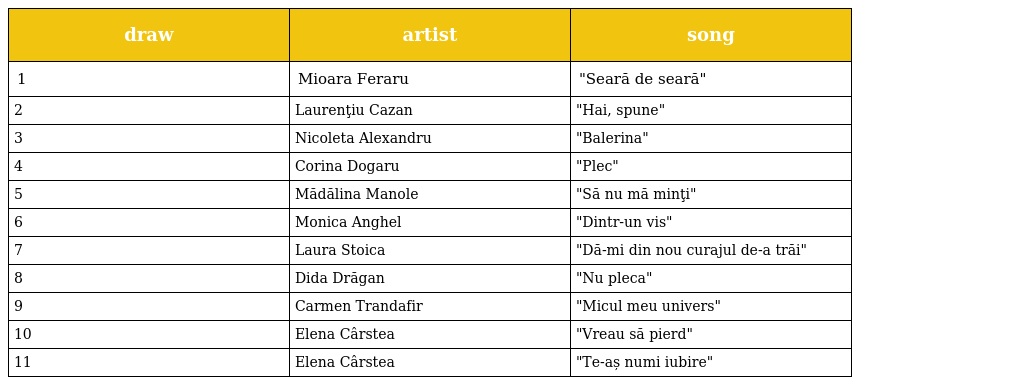
| draw | artist | song |
 | --- | --- | --- |
 | 1 | Mioara Feraru | "Seară de seară" |
 | 2 | Laurenţiu Cazan | "Hai, spune" |
 | 3 | Nicoleta Alexandru | "Balerina" |
 | 4 | Corina Dogaru | "Plec" |
 | 5 | Mădălina Manole | "Să nu mă minţi" |
 | 6 | Monica Anghel | "Dintr-un vis" |
 | 7 | Laura Stoica | "Dă-mi din nou curajul de-a trăi" |
 | 8 | Dida Drăgan | "Nu pleca" |
 | 9 | Carmen Trandafir | "Micul meu univers" |
 | 10 | Elena Cârstea | "Vreau să pierd" |
 | 11 | Elena Cârstea | "Te-aș numi iubire" |